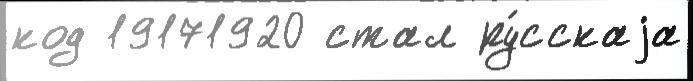
код 19171920 стал ру́сскаjа